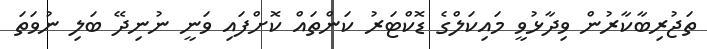
ތަޖުރިބާކާރުން ވިދާޅުވީ މައިކަލްގެ ޑޮކްޓަރު ކަންތައް ކޮށްފައި ވަނީ ނުނިދޭ ބަލި ނުވަތަ